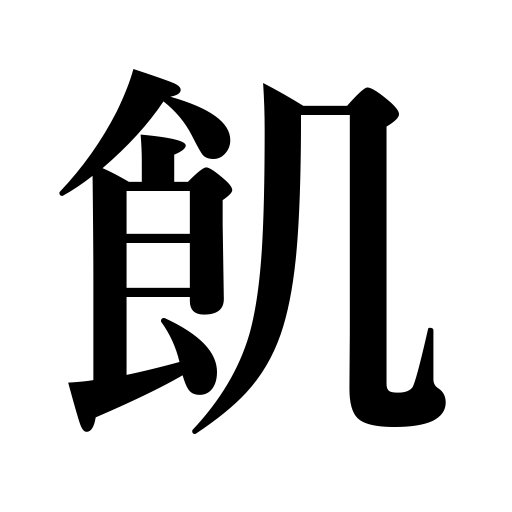
Meanings: be hungry,starve